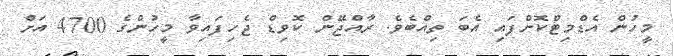
މީހުން އެޑްމިޓްކޮށްފައި އެބަ ތިއްބެވެ. ރާއްޖޭން ކޮވިޑް ޖެހިފައިވާ މީހުންގެ 4700 އަށް